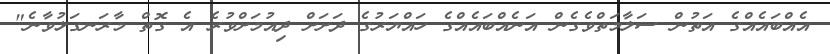
އެއްބައެއްގެ އަތުން ސަލާމަތްވެގެން އަނެއްބައެއްގެ ހައްޔަރުގެ ދަށަށް ދިއުމަށްވުރެ އެ ގޮތް މާރަނގަޅުވާނެ"